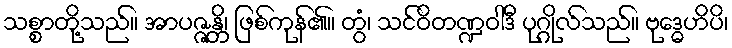
သစ္စာတို့သည်။ အာပဇ္ဇန္တိ၊ ဖြစ်ကုန်၏။ တွံ၊ သင်ဝိတဏ္ဍဝါဒီ ပုဂ္ဂိုလ်သည်။ ဗုဒ္ဓေဟိပိ၊